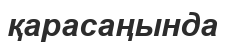
қарасаңында